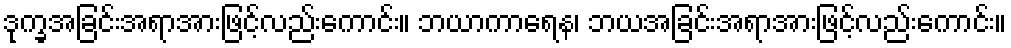
ဒုက္ခအခြင်းအရာအားဖြင့်လည်းကောင်း။ ဘယာကာရေန၊ ဘယအခြင်းအရာအားဖြင့်လည်းကောင်း။